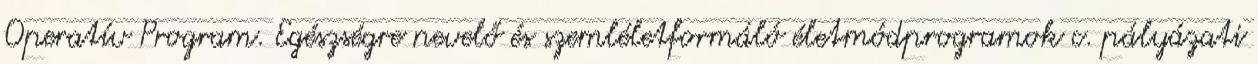
Operatív Program. Egészségre nevelő és szemléletformáló életmódprogramok c. pályázati